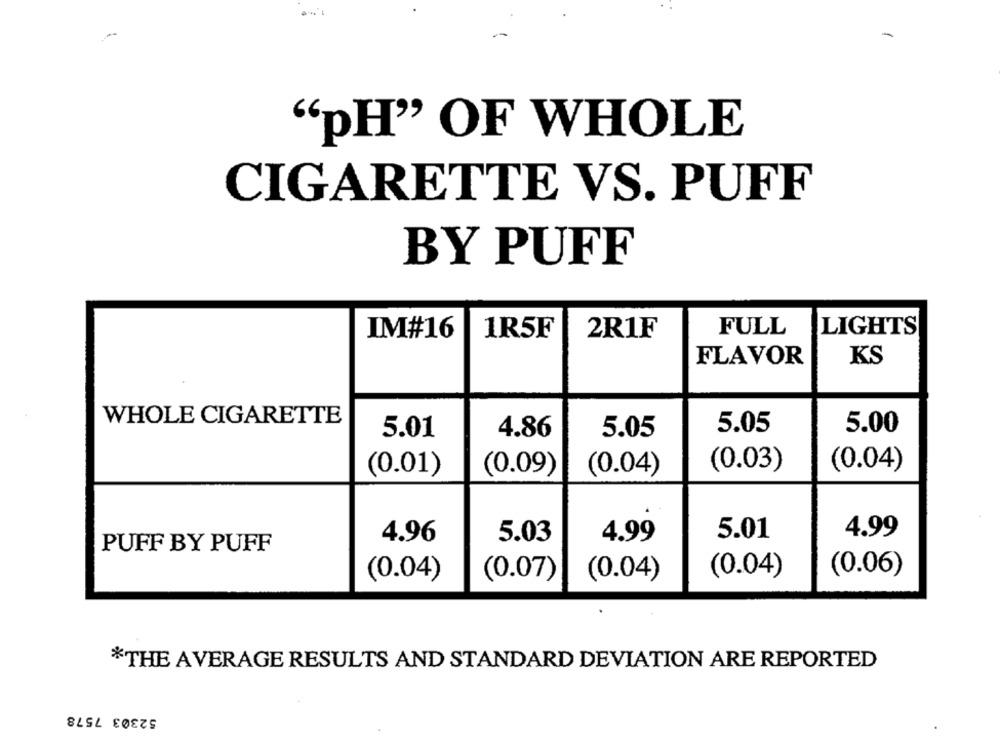
"pH" OF WHOLE
CIGARETTE VS. PUFF
BY PUFF
IM#16
1R5F
2R1F
FULL
LIGHTS
FLAVOR
KS
WHOLE CIGARETTE
5.05
5.00
5.01
4.86
5.05
(0.03)
(0.04)
(0.01)
(0.09)
(0.04)
5.01
4.99
4.96
5.03
4.99
PUFF BY PUFF
(0.06)
(0.04)
(0.07)
(0.04)
(0.04)
*THE AVERAGE RESULTS AND STANDARD DEVIATION ARE REPORTED
52303 7578